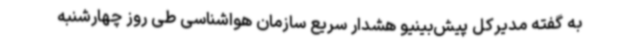
به گفته مدیرکل پیش‌بینیو هشدار سریع سازمان هواشناسی طی روز چهارشنبه